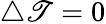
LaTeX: \triangle\mathscr{T}=0